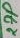
Text: 27P